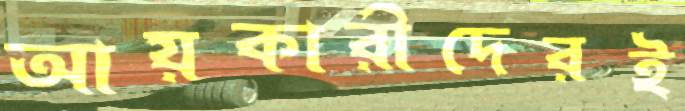
আয়কারীদেরই